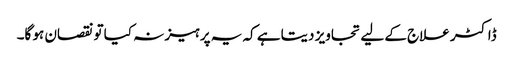
ڈاکٹر علاج کے لیے تجاویز دیتا ہے کہ یہ پرہیز نہ کیا تو نقصان ہو گا۔